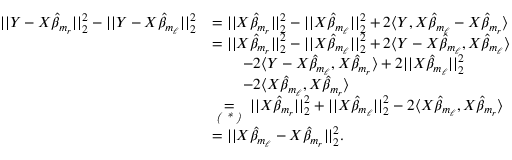
\begin{array} { r l } { | | Y - X \Hat { \beta } _ { m _ { r } } | | _ { 2 } ^ { 2 } - | | Y - X \Hat { \beta } _ { m _ { \ell } } | | _ { 2 } ^ { 2 } } & { = | | X \Hat { \beta } _ { m _ { r } } | | _ { 2 } ^ { 2 } - | | X \Hat { \beta } _ { m _ { \ell } } | | _ { 2 } ^ { 2 } + 2 \langle Y , X \Hat { \beta } _ { m _ { \ell } } - X \Hat { \beta } _ { m _ { r } } \rangle } \\ & { = | | X \Hat { \beta } _ { m _ { r } } | | _ { 2 } ^ { 2 } - | | X \Hat { \beta } _ { m _ { \ell } } | | _ { 2 } ^ { 2 } + 2 \langle Y - X \Hat { \beta } _ { m _ { \ell } } , X \Hat { \beta } _ { m _ { \ell } } \rangle } \\ & { \quad \quad - 2 \langle Y - X \Hat { \beta } _ { m _ { \ell } } , X \Hat { \beta } _ { m _ { r } } \rangle + 2 | | X \Hat { \beta } _ { m _ { \ell } } | | _ { 2 } ^ { 2 } } \\ & { \quad \quad - 2 \langle X \Hat { \beta } _ { m _ { \ell } } , X \Hat { \beta } _ { m _ { r } } \rangle } \\ & { \underset { \textit { ( * ) } } { = } | | X \Hat { \beta } _ { m _ { r } } | | _ { 2 } ^ { 2 } + | | X \Hat { \beta } _ { m _ { \ell } } | | _ { 2 } ^ { 2 } - 2 \langle X \Hat { \beta } _ { m _ { \ell } } , X \Hat { \beta } _ { m _ { r } } \rangle } \\ & { = | | X \Hat { \beta } _ { m _ { \ell } } - X \Hat { \beta } _ { m _ { r } } | | _ { 2 } ^ { 2 } . } \end{array}